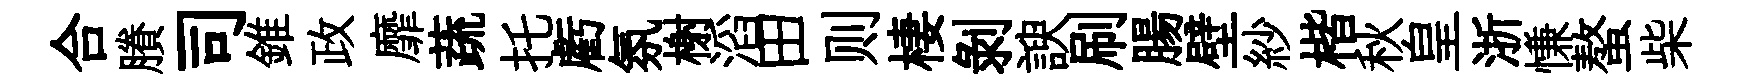
合賸司錐政靡蔬托虧氛榭滔田则棲剥諛刷腸壁紗楷秋皇浙慊螯柴